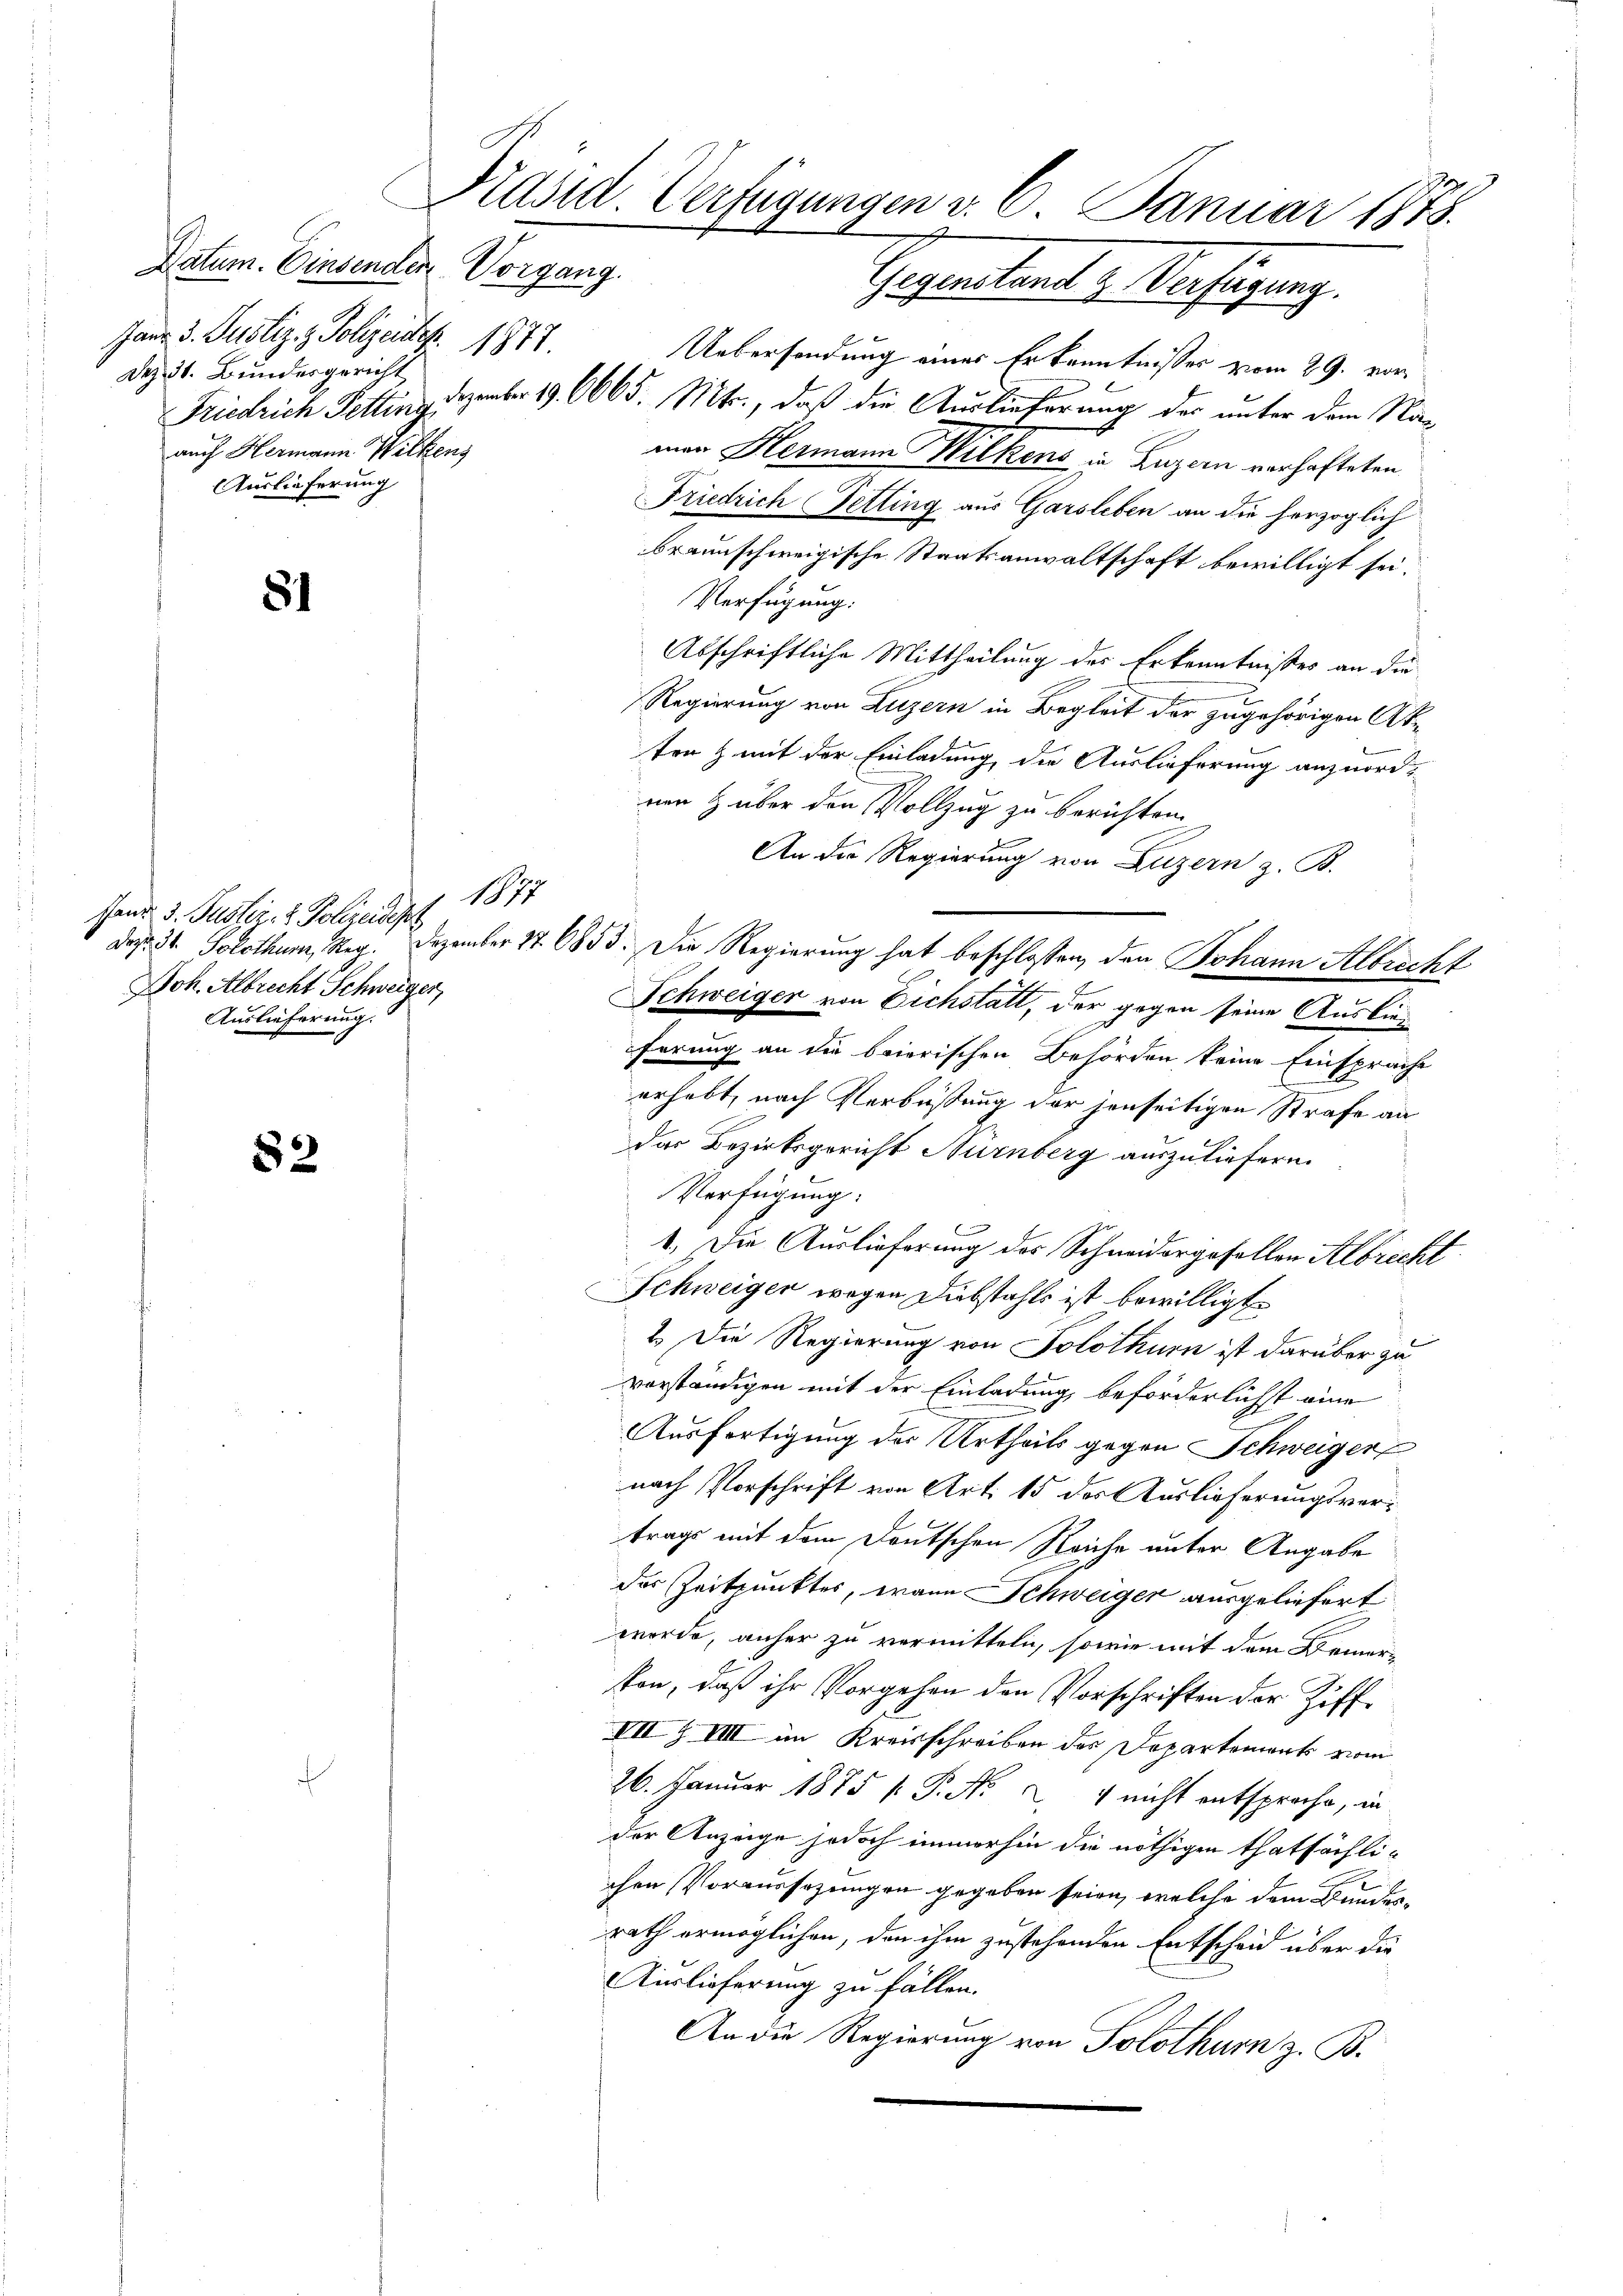
Datum. Einsenden Vorgang.
Janz. 3. Justiz- & Polizeide. 1877.
Dez. 31. Bundesgericht
auch Hermann Wilkens
Auslieferung

81

82

Prentert u. Verfügung.
Uebersendung eines Erkenntnisses vom 29. vor
Friedrich Petting. Dezember 19. 6665. Mts., daß die Auslieferung der unter dem Naman Hermann Wilkens in Luzern verhafteten
Friedrich etling aus Garsleben an die herzoglich
braunschweigische Staatsanwaltschaft bewilligt sei.
Verfügung.
Abschriftliche Mittheilung des Erkenntnißes an die
Regierung von Luzern in Begleit der zugehörigen Akten & mit der Einladung die Auslieferung anzuordnen & über den Vollzug zu berichten.
An die Regierung von Luzern z. B.
das. 31. Solothum, Reg. Dezember 17. 6853. Die Regierung hat beschlossen, den Johann Albrecht
Schweiger von Eichstatt, der gegen seine Auslieferung an die baierischen Behörden keine Einsprache
erhebt, nach Verbüßung der jenseitigen Strafe an
das Bezirksgericht Nürnberg auszuliefern
Verfügung.
1. Die Auslieferung des Schneidergefallen Albrecht
Schweiger wegen Diebstahls ist bewilligt.
2. Die Regierung von Solothurn ist darüber zu
vorständigen mit der Einladung beförderlichst eine
Ausfertigung der Urtheils gegen Schweiger
nach Vorschrift von Art. 15 des Auslieferungsvertrags mit dem Deutschen Reiche unter Angabe
der Zeitpunktes, wann Schweiger ausgeliefert
werde, anher zu vermitteln, sowie mit dem Bemer-
ton, daß ihr Vorgehen den Vorschriften der Ziff¬
VII. Z VIII im Kreisschreiben des Departement vom
26. Januar 1875 P. Nr. 2. 4 nicht entsproche, in
der Anzeige jedoch immerhin die nöthigen thatsächlichen Voraussezungen gegeben seien, welche dem Bundesrath ermöglichen, den ihm zustehenden Entscheid über die
Auslieferung zu fällen.
An die Regierung von Solothurn z. B.

1877

Hand 3. Justiz- & Polizeidept
Joh. Albrecht Schweiger,
Auslieferung.

Präsid. Verfügungen v. 6. Januar 1875.
J.